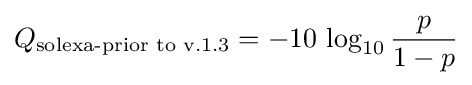
Q_{\text{solexa-prior to v.1.3}}=-10\,\log _{10}{\frac {p}{1-p}}